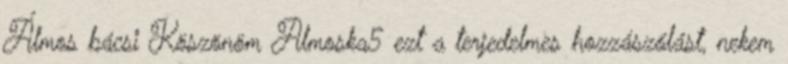
Álmos bácsi Köszönöm Almoska5 ezt a terjedelmes hozzászólást, nekem